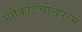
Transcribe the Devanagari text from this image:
गंगैकोंडचोलपुरम्